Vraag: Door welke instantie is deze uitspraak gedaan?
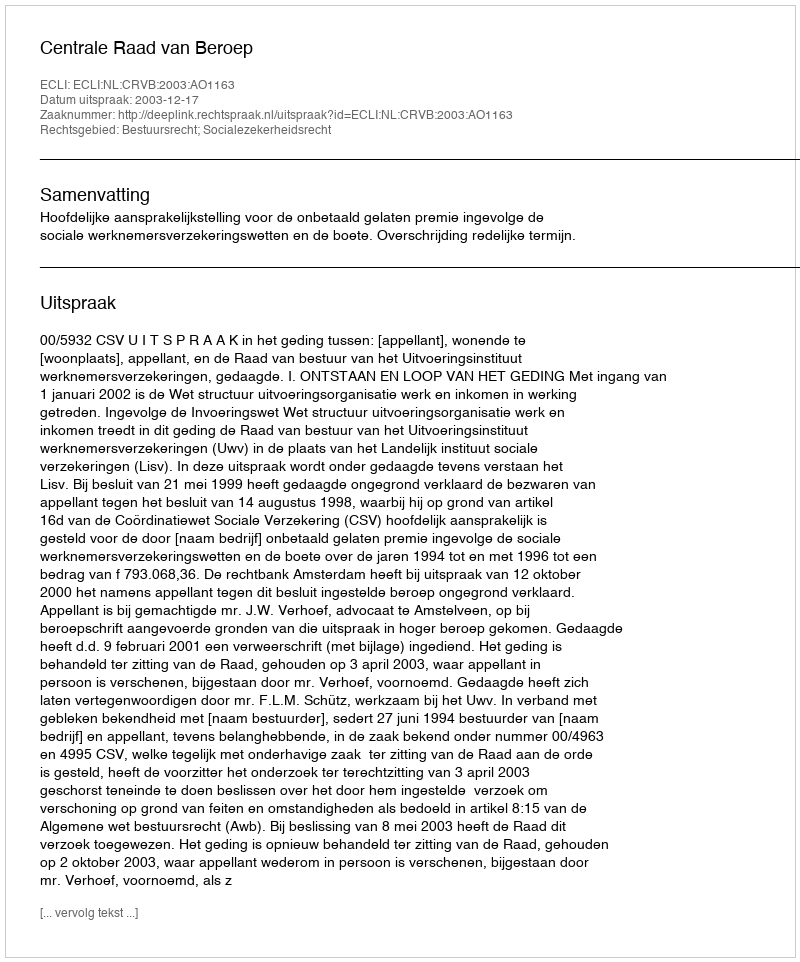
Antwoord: Centrale Raad van Beroep